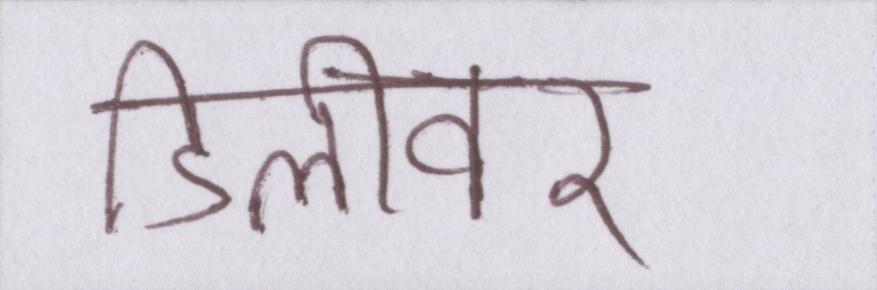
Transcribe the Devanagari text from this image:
डिलीवर